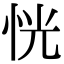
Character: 恍